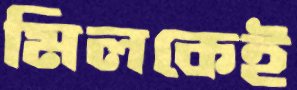
মিলকেই